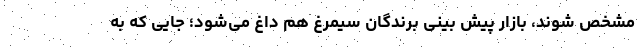
مشخص شوند، بازار پیش بینی برندگان سیمرغ هم داغ می‌شود؛ جایی که به